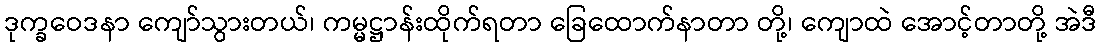
ဒုက္ခဝေဒနာ ကျော်သွားတယ်၊ ကမ္မဋ္ဌာန်းထိုက်ရတာ ခြေထောက်နာတာ တို့၊ ကျောထဲ အောင့်တာတို့ အဲဒီ